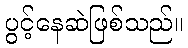
ပွင့်နေဆဲဖြစ်သည်။